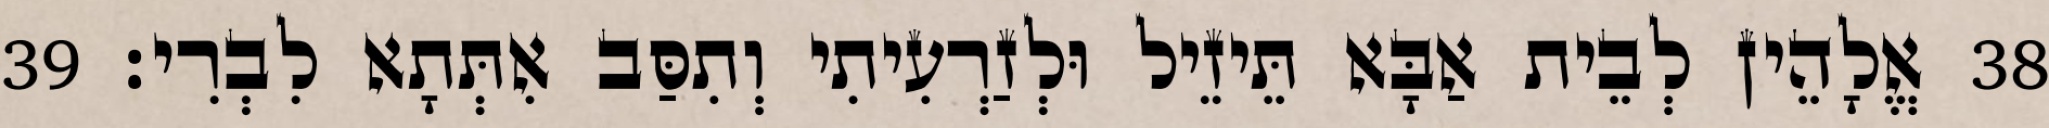
38 אֱלָהֵין לְבֵית אַבָּא תֵּיזֵיל וּלְזַרְעִיתִי וְתִסַּב אִתְּתָא לִבְרִי׃ 39